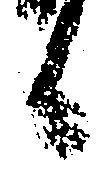
候